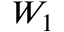
W _ { 1 }